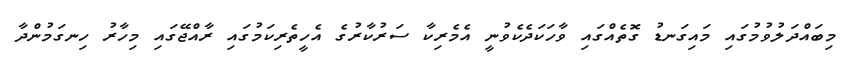
މިބައްދަލުވުމުގައި މައިގަނޑު ގޮތެއްގައި ވާހަކަދެކެވުނީ އެމެރިކާ ސަރުކާރުގެ އެހީތެރިކަމުގައި ރާއްޖޭގައި މިހާރު ހިނގަމުންދާ